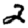
Digit: 2